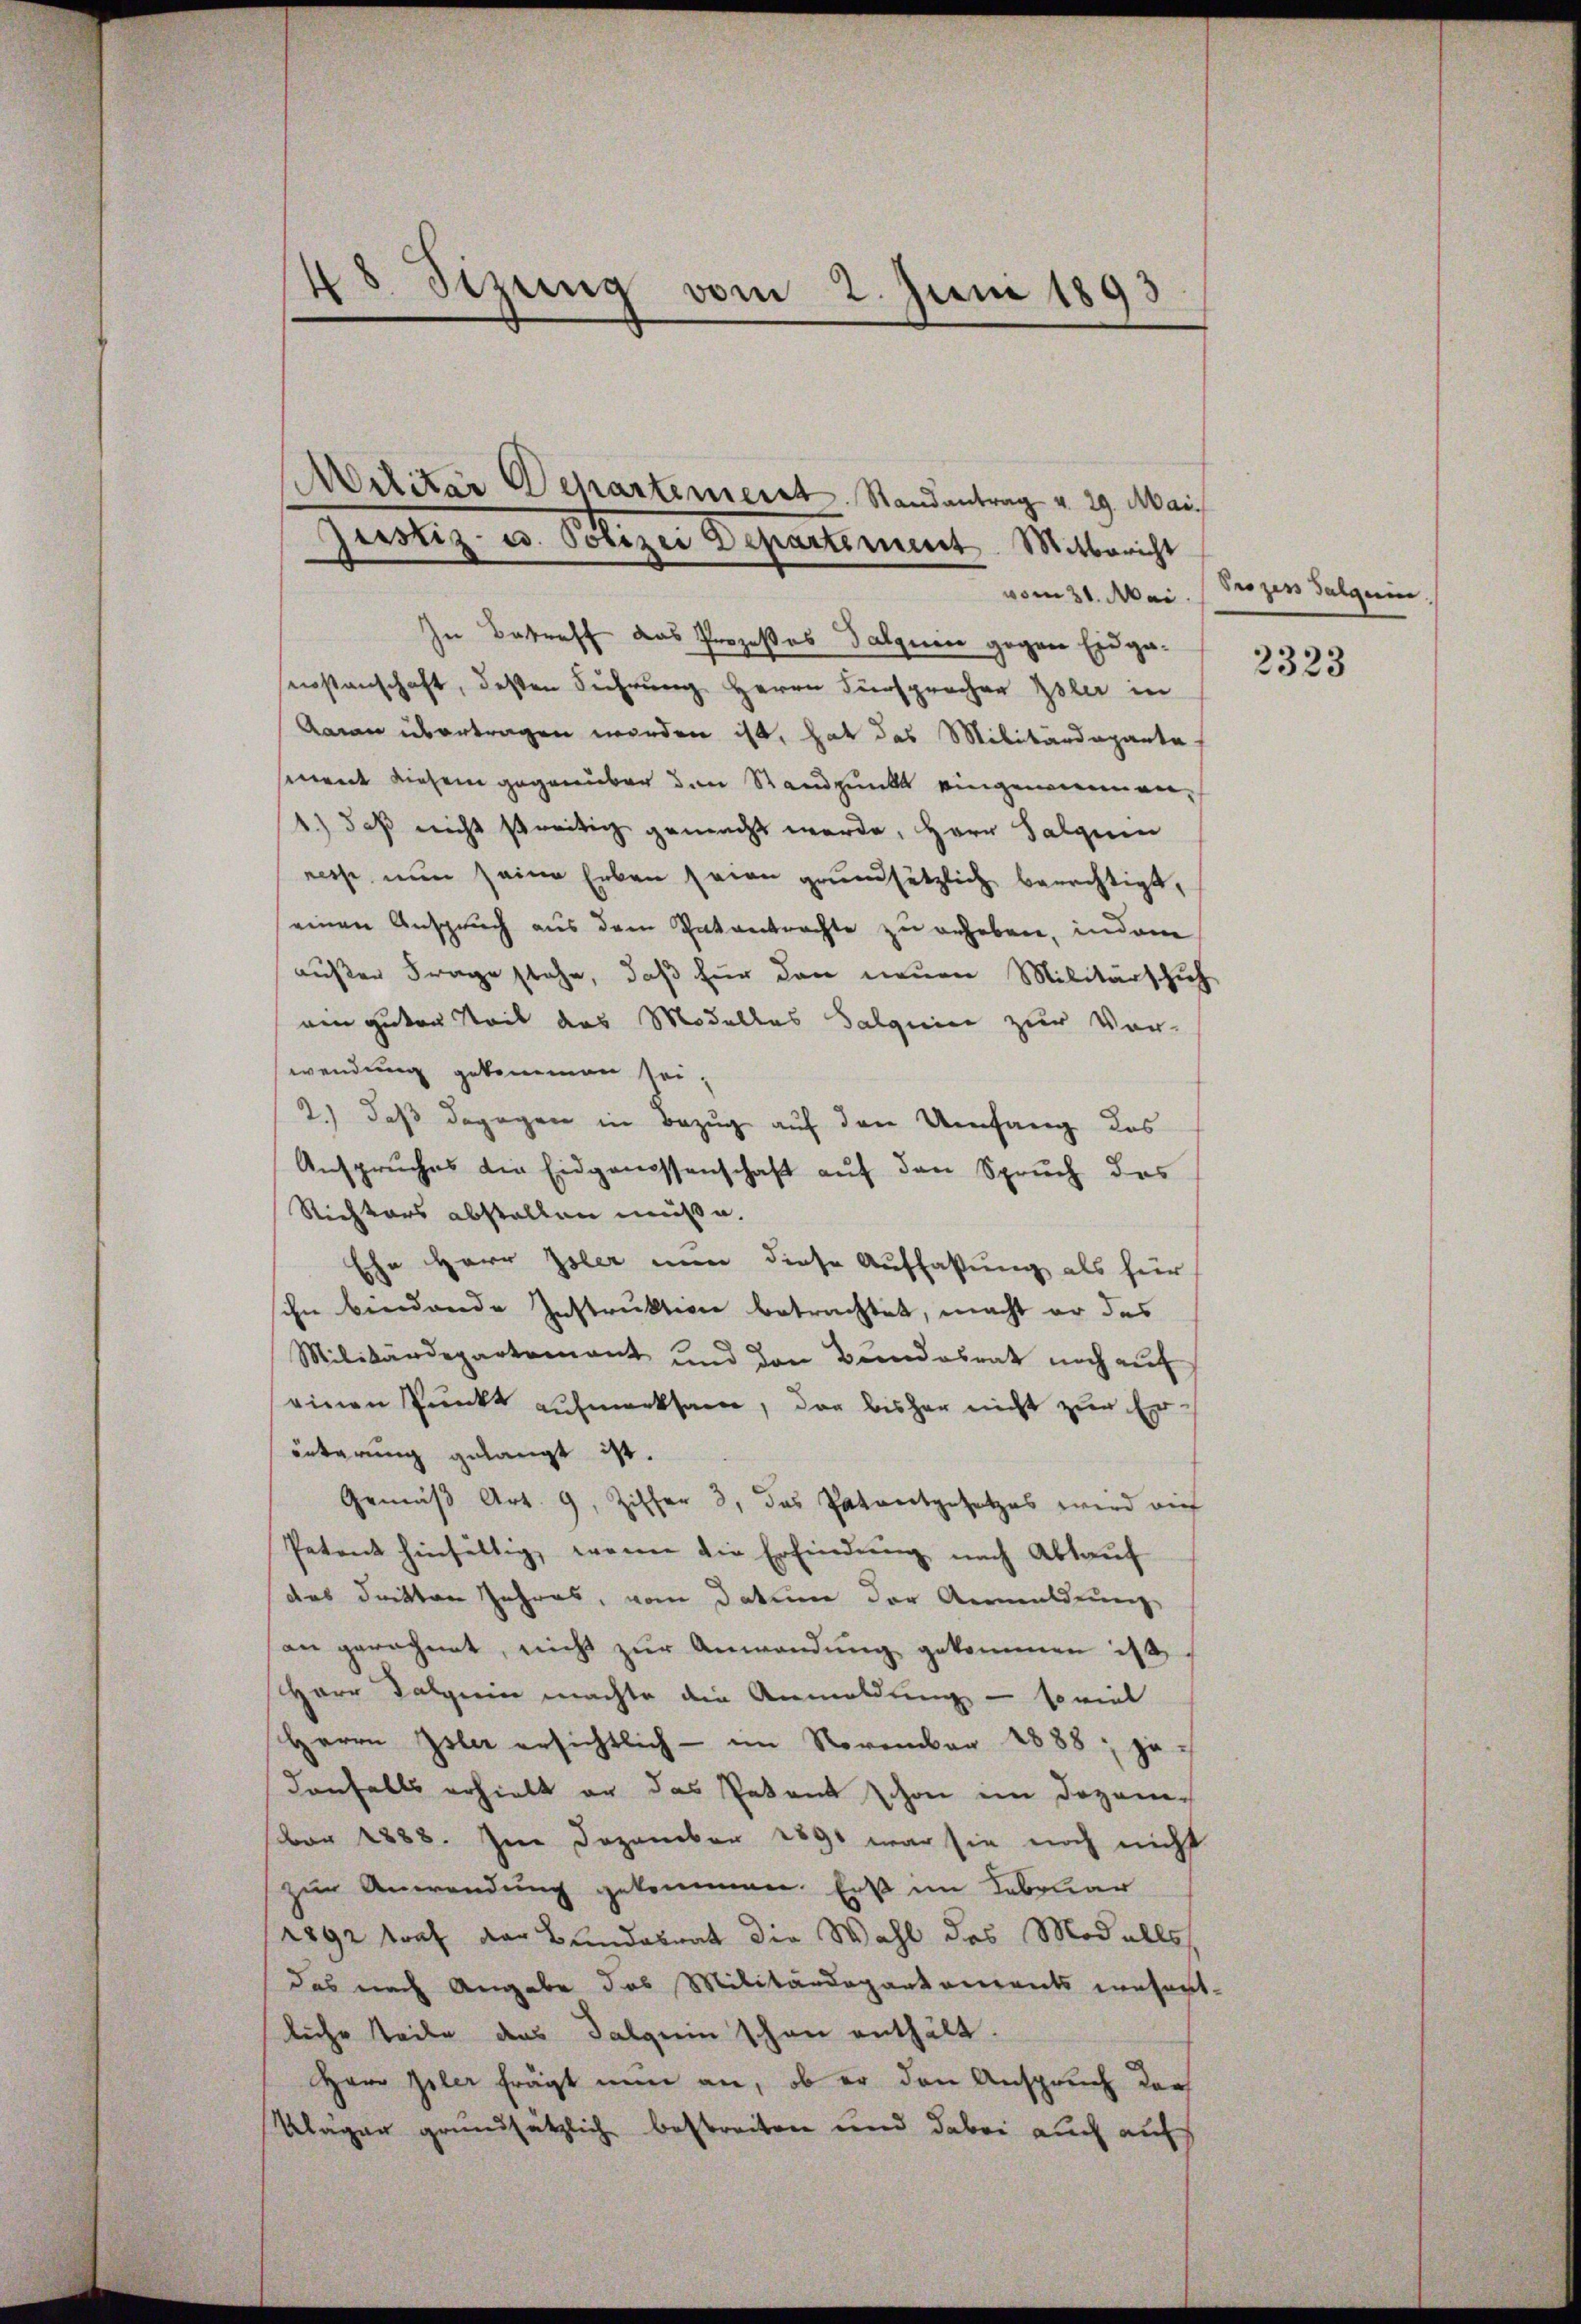
48. Sizung vom 2. Juni 1893

Militär Departement. Randantrag v. 29. Mai.
Gerstig u. Polizei Departement. Mitbericht
vom 31. Mai

In Betreff das Prozeßes Talquin gegen Eidgenostenschaft, deßen Führung Herrn Fürsprochen Isler in
Aarau übertragen worden ist, hat das Militärdeparte
ment diesem gegenüber den Standpunkt eingenommen,
1.) daß nicht streitig gemacht werde, Herr Salquin
resse nun seine Erben seien grundsätzlich berechtigt,
einen Anspruch aus dem Patentrachte zu erheben, indem
außer Frage stehe, daß für den neuen Militärschuh
nen guten Teil das Modelles Salquic zur Vor-
wendung gekommen sei.
2.) daß dagegen in Bezug auf den Umfang des
Anspruches die Eidgenossenschaft auf den Spruch des
Richters abstallen müße.
Ehe Herr Isler nun diese Auffassung als für
ihn bindende Instruktion betrachtet, macht er das
Milikandepartamant und den Bundesrat noch aŭf
einen Punkt aufmerksam, der bisher nicht zur Er-
äuterung gelangt ist.
Gemäβ Art. 9, Ziffer 3. das Patentgesetzes wird aŭf
Petent hinfällig, wenn die Erfindung nach Ablauf
das dritten Jahres, vom Datum der Anmeldung
an gerechnet, nicht zur Anwendung gekommen ist,
Herr Dalgerin machte die Anmeldung — so viel
Herrn Isler ersichtlich - im November 1888; ja
denfalls erhielt er das Petent schon im Dozen-
ber 1888. Im Dezember 1891 war sie noch nicht
zur Anwendung gekommen. Erst im Februar
1892 traf der Bundesrat die Wahl des Modalls
das nach Angabe das Militärdepartements wesent-
liche Teile das Talgerin schon enthält.
Herr Isler frägt nun an, ob er den Anspruch der
Kläger grundsätzlich bestreiten und dabei auch auf

Prozen Salgerin
2323